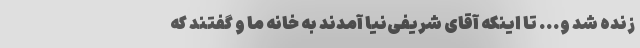
زنده شد و... تا اینکه آقای شریفی‌نیا آمدند به خانه ما و گفتند که